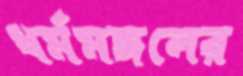
ধর্মমঙ্গলের